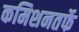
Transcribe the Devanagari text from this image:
कमिशनतर्फे